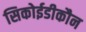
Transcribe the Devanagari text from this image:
सिकोईडीकौन